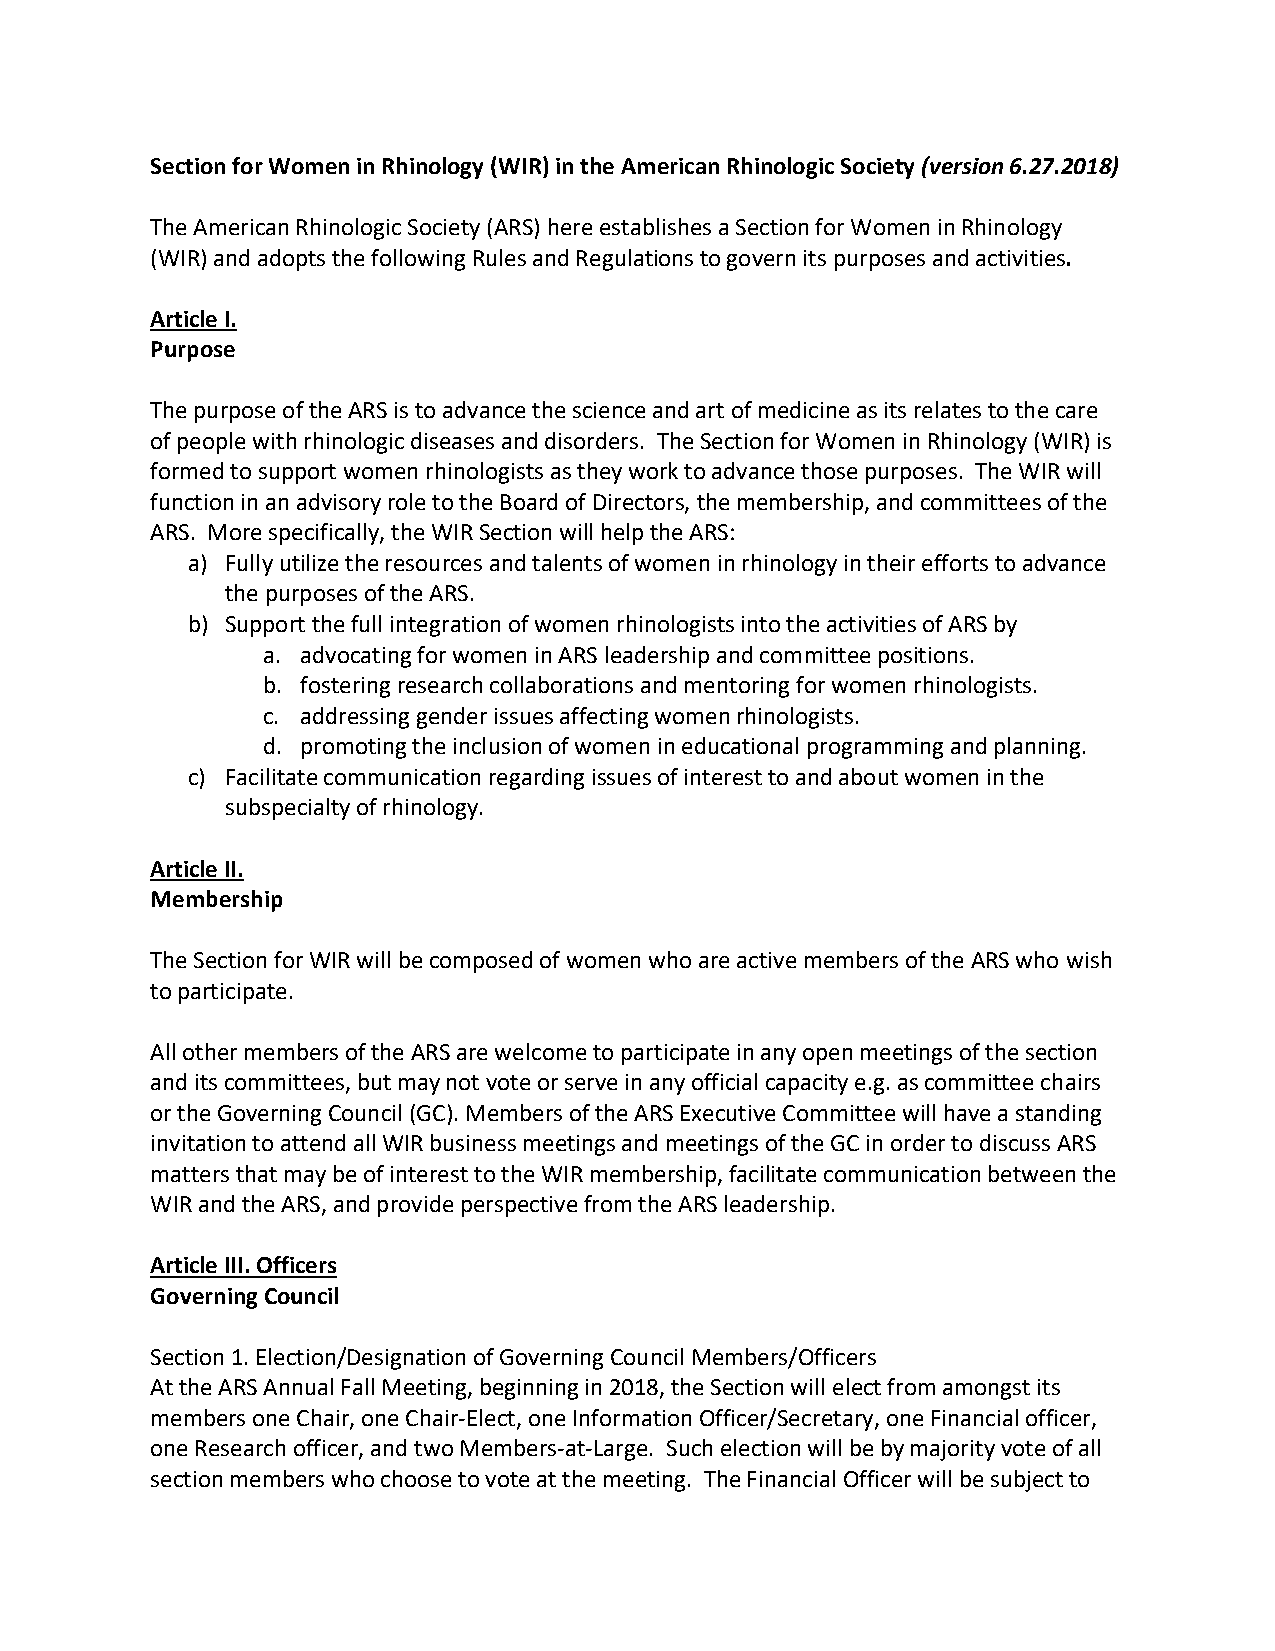
Section for Women in Rhinology (WIR) in the American Rhinologic Society (version 6.27.2018)
 The American Rhinologic Society (ARS) here establishes a Section for Women in Rhinology
 (WIR) and adopts the following Rules and Regulations to govern its purposes and activities.
 Article I.
 Purpose
 The purpose of the ARS is to advance the science and art of medicine as its relates to the care
 of people with rhinologic diseases and disorders. The Section for Women in Rhinology (WIR) is
 formed to support women rhinologists as they work to advance those purposes. The WIR will
 function in an advisory role to the Board of Directors, the membership, and committees of the
 ARS. More specifically, the WIR Section will help the ARS:
 a) Fully utilize the resources and talents of women in rhinology in their efforts to advance
 the purposes of the ARS.
 b) Support the full integration of women rhinologists into the activities of ARS by
 a. advocating for women in ARS leadership and committee positions.
 b. fostering research collaborations and mentoring for women rhinologists.
 c. addressing gender issues affecting women rhinologists.
 d. promoting the inclusion of women in educational programming and planning.
 c) Facilitate communication regarding issues of interest to and about women in the
 subspecialty of rhinology.
 Article II.
 Membership
 The Section for WIR will be composed of women who are active members of the ARS who wish
 to participate.
 All other members of the ARS are welcome to participate in any open meetings of the section
 and its committees, but may not vote or serve in any official capacity e.g. as committee chairs
 or the Governing Council (GC). Members of the ARS Executive Committee will have a standing
 invitation to attend all WIR business meetings and meetings of the GC in order to discuss ARS
 matters that may be of interest to the WIR membership, facilitate communication between the
 WIR and the ARS, and provide perspective from the ARS leadership.
 Article III. Officers
 Governing Council
 Section 1. Election/Designation of Governing Council Members/Officers
 At the ARS Annual Fall Meeting, beginning in 2018, the Section will elect from amongst its
 members one Chair, one Chair-Elect, one Information Officer/Secretary, one Financial officer,
 one Research officer, and two Members-at-Large. Such election will be by majority vote of all
 section members who choose to vote at the meeting. The Financial Officer will be subject to